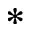
^ \ast